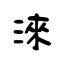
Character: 淶